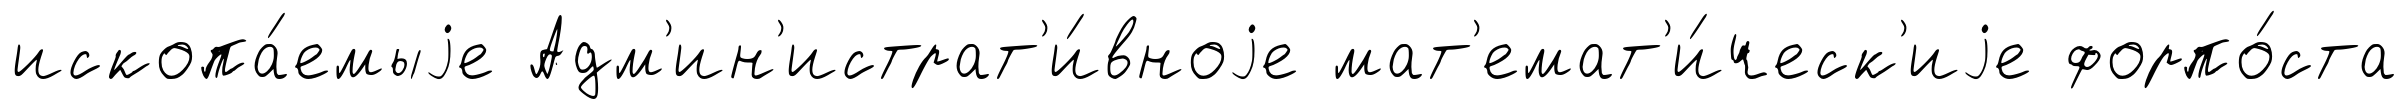
ископа́емыjе Адм'ин'истрат'и́вноjе мат'емат'и́ческ'иjе форпо́ста